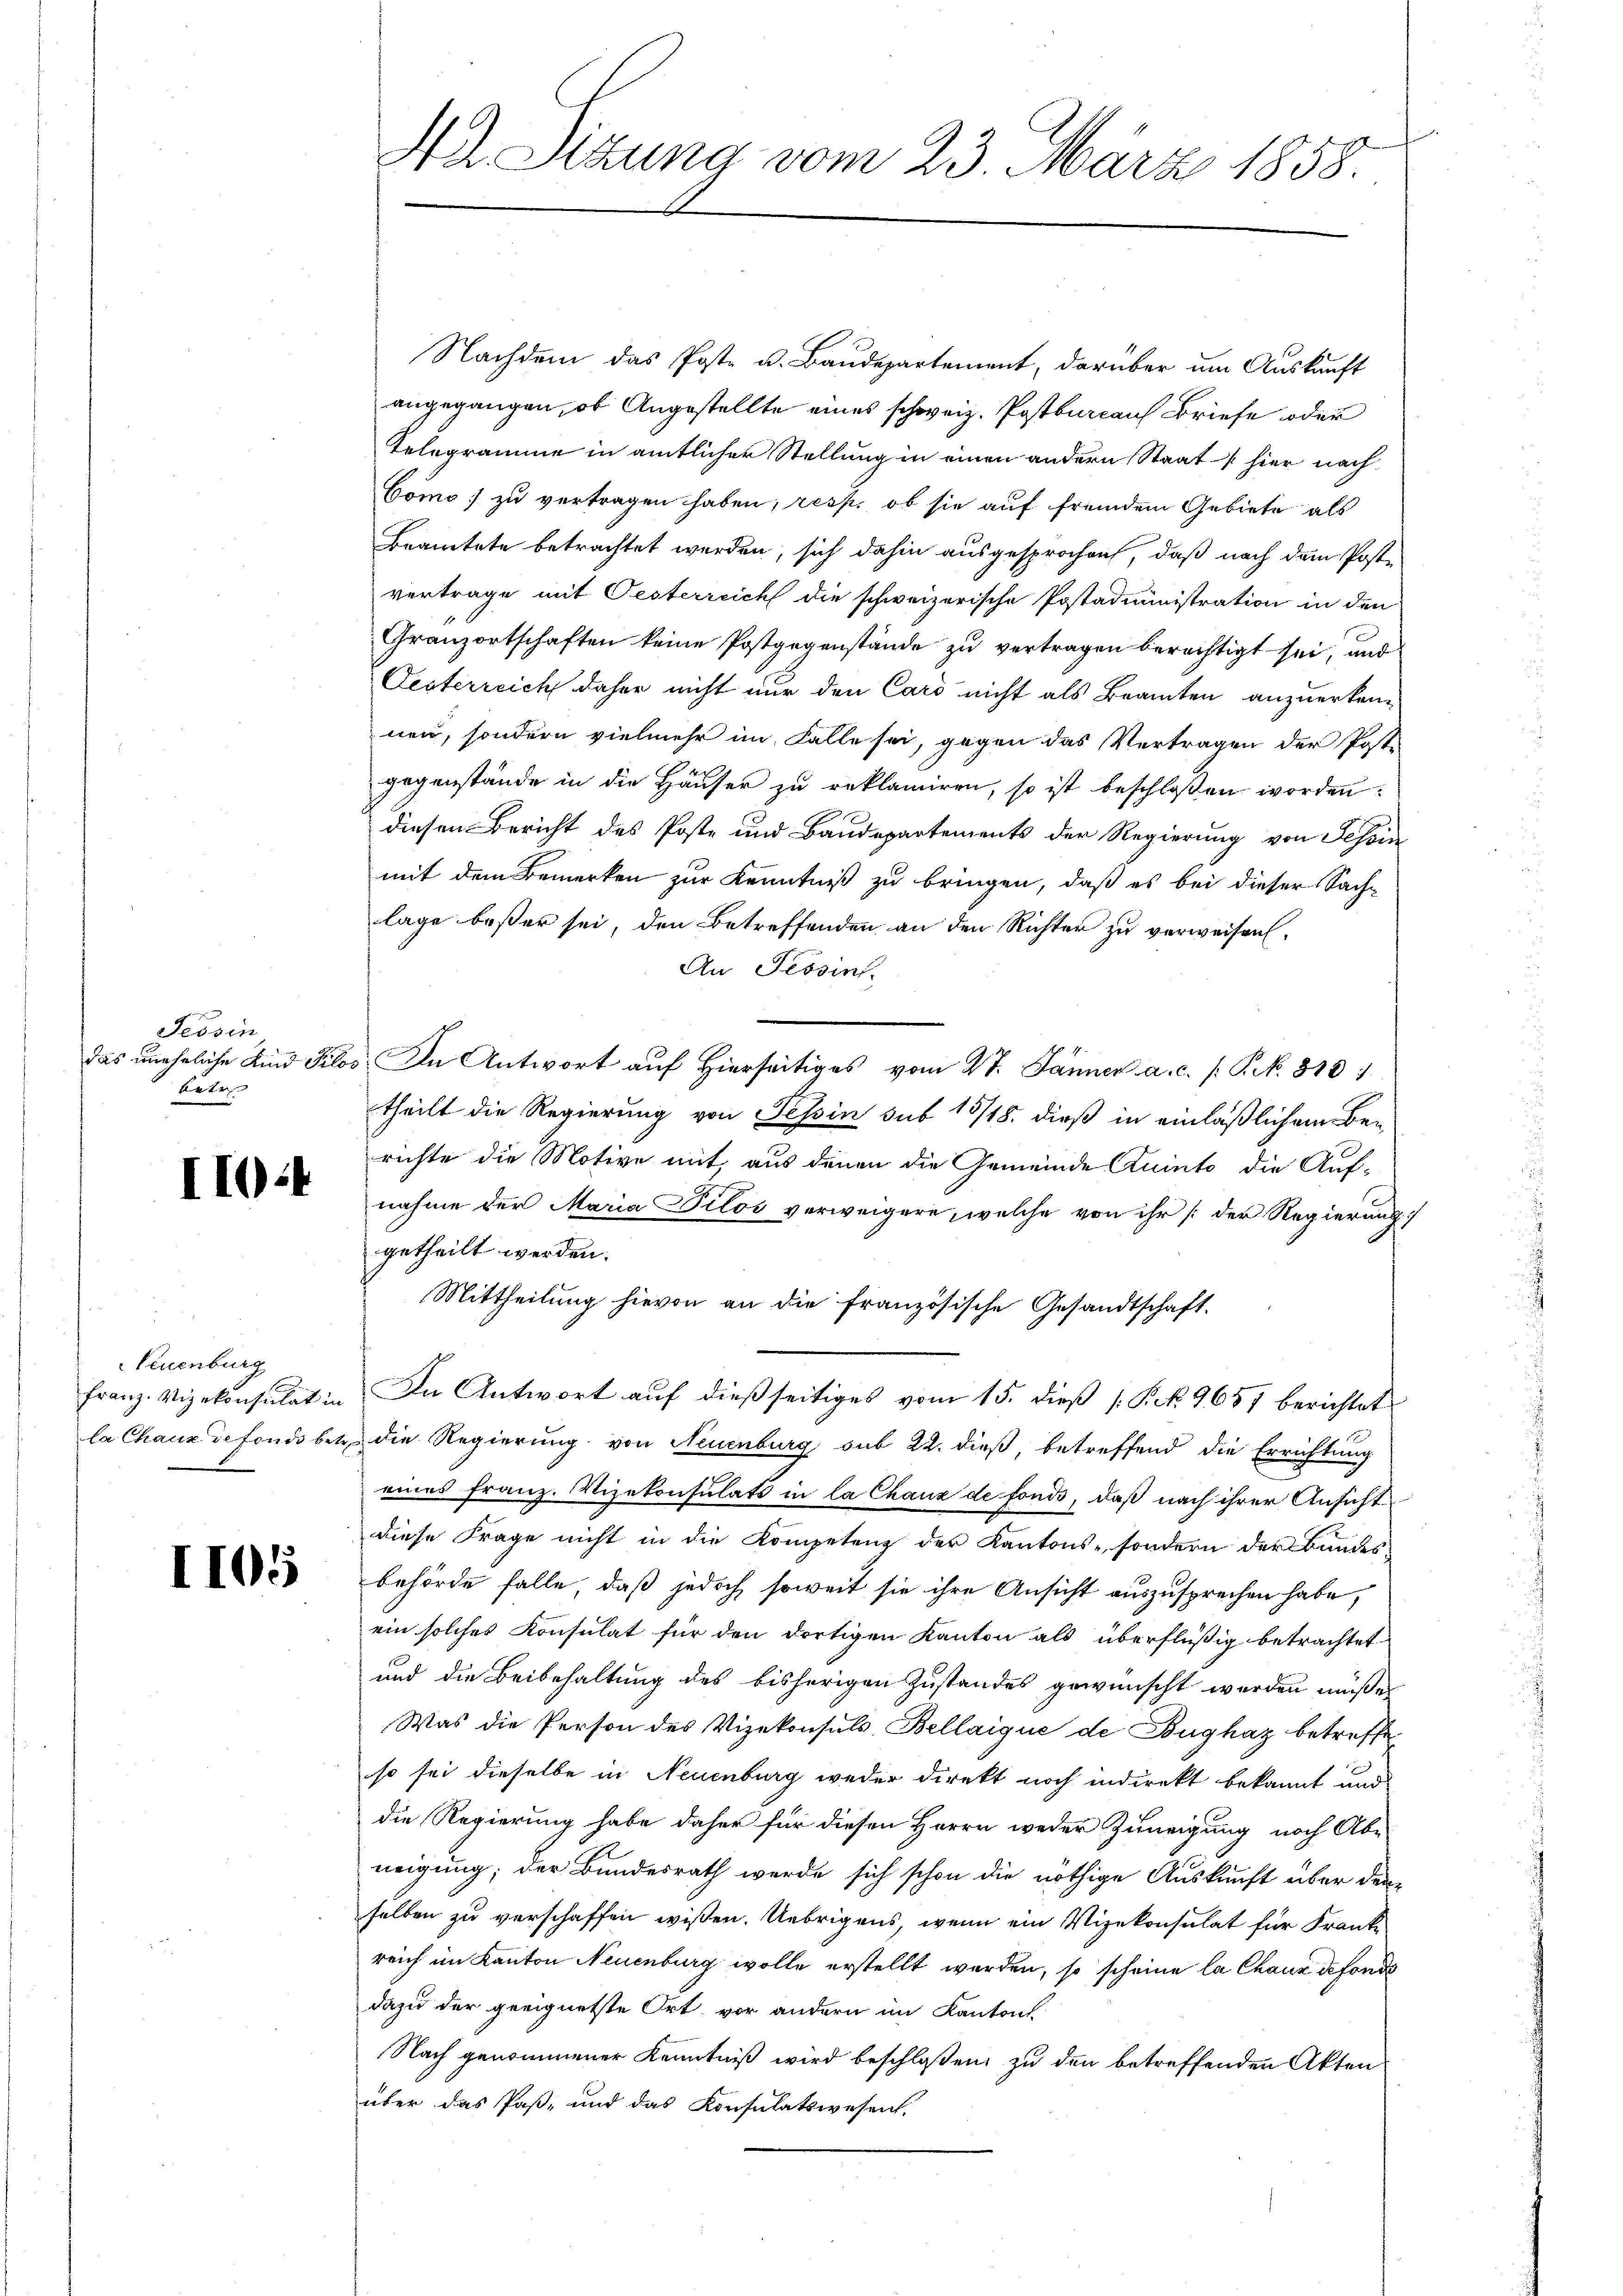
Tessin
das uneheliche Kind Pilo
betr.

I10:4

Teuenburg
Franz. Vizekonsulat in

1105

12 Stzung vom 23. März 1858.

Nachdem das Poste u. Baudepartement, darüber um Auskauft
angegangen, ob Angestellte eines schweiz. Postbureaus Briefe oder
Telegramme in amtlicher Stellung in einen andern Staat hier nach
Cömo) zu vertragen haben, resp. ob sie auf fremdem Gebiete als
Beamtete betrachtet werden, sich dahin ausgesprochen, daß nach dem Poste
vertrage mit Oesterreich die schweizerische Postadministration in den
Granzortschaften keine Postgegenstände zu vertragen berechtigt sei, und
Oesterreich daher nicht nur den Card nicht als Beamten anzuerkennen, sondern vielmehr im Falle sei, gegen das Vertragen der Post-
gegenstände in die Häuser zu reklamiren, so ist beschloßen worden:
diesen Bericht des Poste und Baudepartements der Regierung von Tessin
mit dem Bemerken zur Kenntniß zu bringen, daß es bei dieser Sach-
lage bester sei, den Betreffenden an den Richter zu verweisen,
An Tessin.
 In Antwort auf Hierseitiges vom 27. Jänner a. c. /: P. N. 318
theilt die Regierung von Tessin sub 15/18. dieß in einläßlichen Ben
richte die Motive mit, aus denen die Gemeinde Quinto die Auf-
nahme der Maria Dilos verweigere, welche von ihr [der Regierung
getheilt werden.
Mittheilung hievon an die französische Gesandtschaft.
In Antwort auf dießseitiges vom 15. dieß [Pk. 9657 berichtet
la Chaux de fonde betr. die Regierung von Neuenburg sub 22. dieß, betreffend die Errichtung
eines Franz. Vizekonsulats in la Chaux de fonds, daß nach ihrer Ansicht
diese Frage nicht in die Kompetenz der Kantons-, sondern der Bandes-
behörde falle, daß jedoch soweit sie ihre Ansicht auszusprechen habe,
ein solches Konsulat für den dortigen Kanton als überflüßig betrachtet
und die Beibehaltung des bisherigen Zustandes gewünscht werden müße,
Was die Person des Vizekonsuls Bellaique de Bughaz betreffe
so sei dieselbe in Neuenburg weder direkt noch indirekt bekannt und
die Regierung habe daher für diesen Herrn weder Zuneigung noch Abe
neigung; der Bundesrath werde sich schon die nöthige Auskunft über den-
selben zu verschaffen wissen. Uebrigens, wenn ein Vizekonsulat für Franke
reich im Kanton Neuenburg wolle erstellt werden, so scheine la Chaux de fondo
dazu der geeignetste Ort, vor andern im Kantons
Nach genommener Kenntniß wird beschloßen, zu den betreffenden Akten
über das Paß- und das Konsulatswesen.